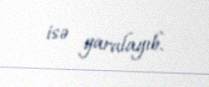
isə yaralayıb.